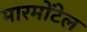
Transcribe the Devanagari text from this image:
मारमोंटेल